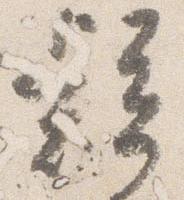
疑